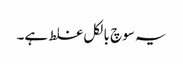
یہ سوچ بالکل غلط ہے۔